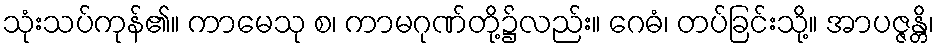
သုံးသပ်ကုန်၏။ ကာမေသု စ၊ ကာမဂုဏ်တို့၌လည်း။ ဂေဓံ၊ တပ်ခြင်းသို့။ အာပဇ္ဇန္တိ၊